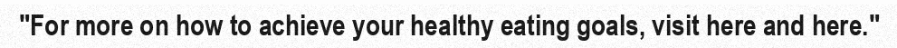
"For more on how to achieve your healthy eating goals, visit here and here."